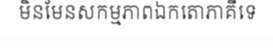
មិនមែនសកម្មភាពឯកតោភាគីទេ